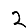
Digit: 2